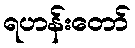
ရဟန်းတော်